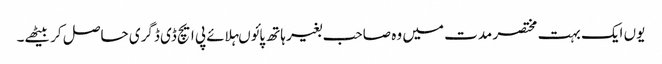
یوں ایک بہت مختصر مدت میں وہ صاحب بغیر ہاتھ پائوںہلائے پی ایچ ڈی ڈگری حاصل کر بیٹھے۔